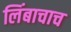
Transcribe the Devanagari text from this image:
लिंबाचाच